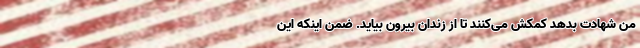
من شهادت بدهد کمکش می‌کنند تا از زندان بیرون بیاید. ضمن اینکه این